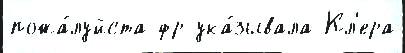
пожа́луйста фр ука́зывала Кл'ера